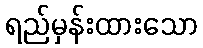
ရည်မှန်းထားသော